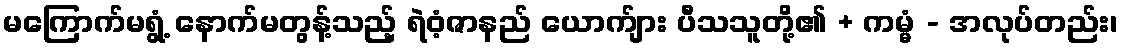
မကြောက်မရွံ့ နောက်မတွန့်သည့် ရဲဝံ့ဇာနည် ယောက်ျား ပီသသူတို့၏ + ကမ္မံ - အလုပ်တည်း၊